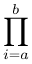
\prod _ { i = a } ^ { b }